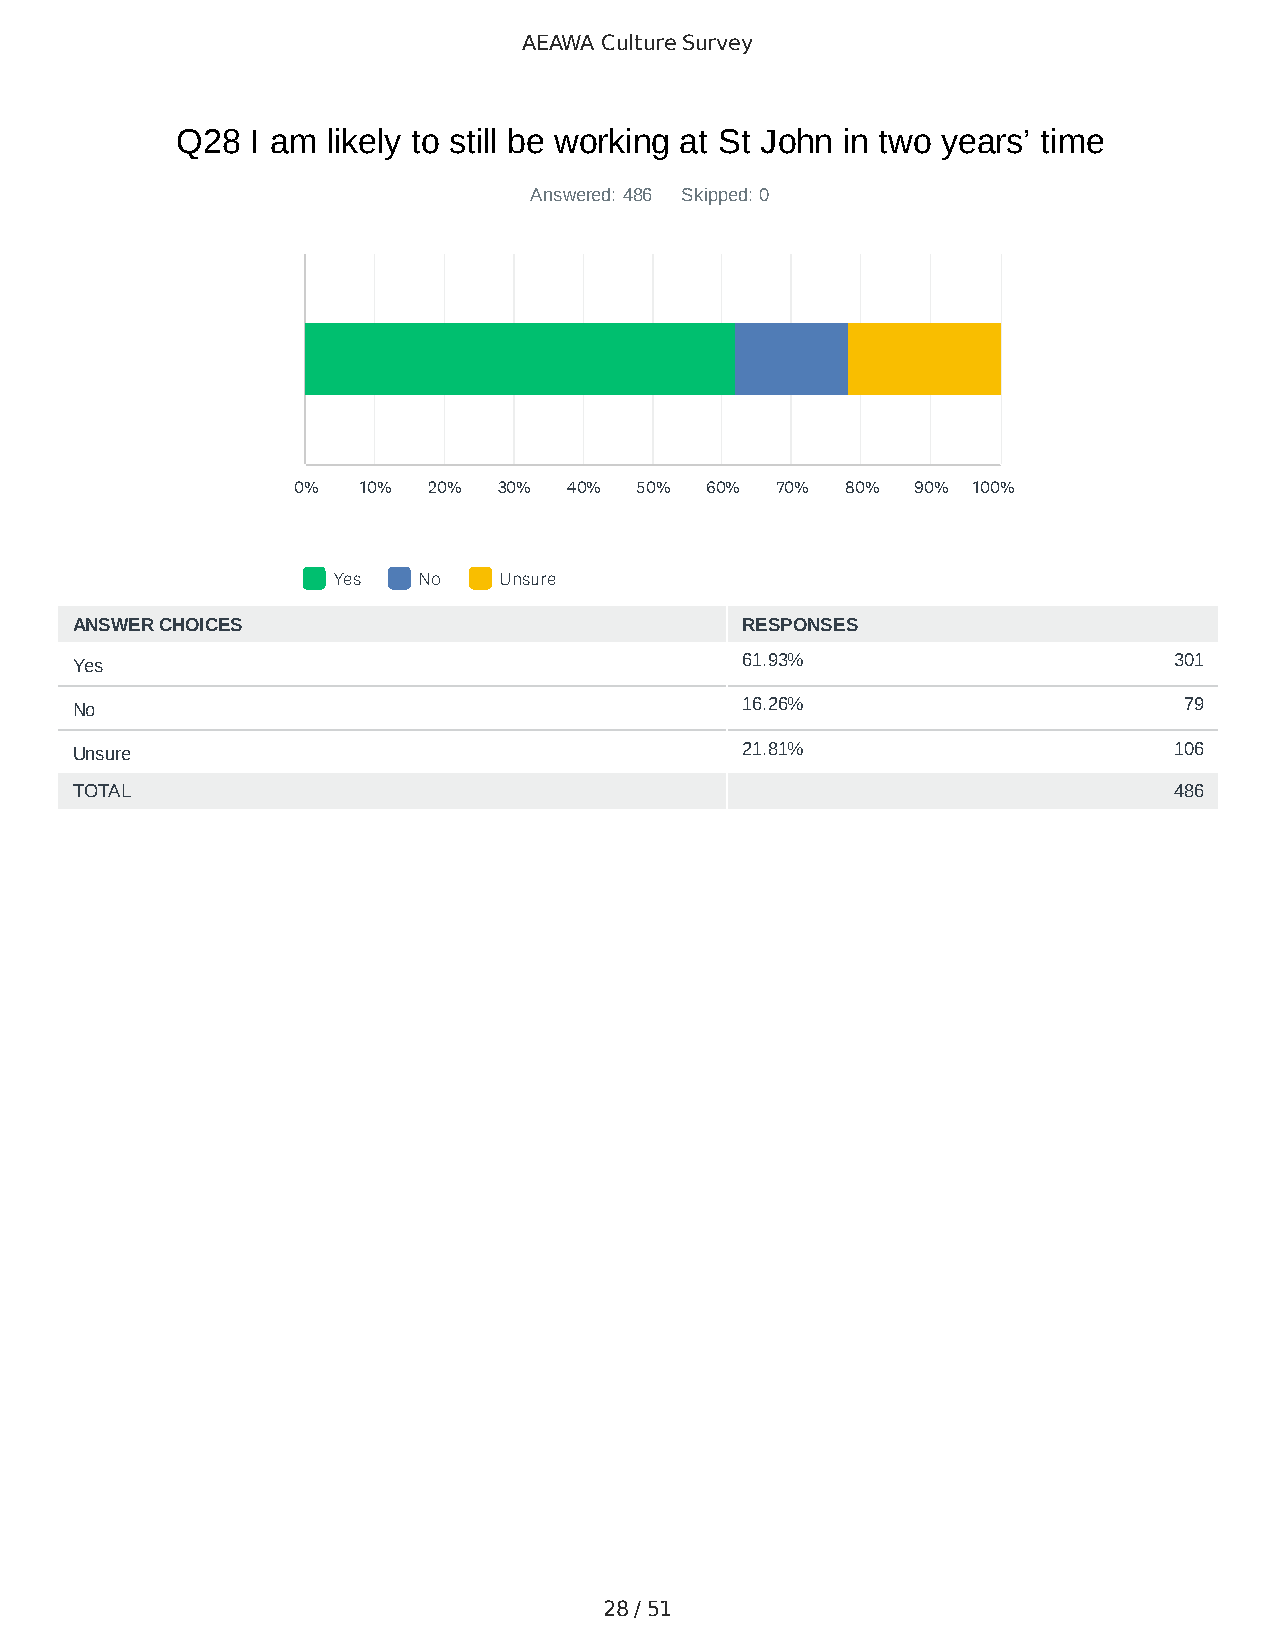
AEAWA Culture Survey
 Q28  I am likely to still be working at St John in two years’ time
 Answered: 486 Skipped: 0
 0%   10% 20%  30%  40% 50%  60% 70%  80%  90% 100%
 Yes   No   Unsure
 ANSWER CHOICES                              RESPONSES
 Yes                                         61.93%                       301
 No                                          16.26%                       79
 Unsure                                      21.81%                       106
 TOTAL                                                                    486
 28 / 51